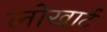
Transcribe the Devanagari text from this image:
लोखार्ट